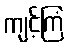
ကျင့်ကြံ